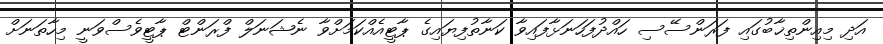
އަދި މިއިންތިޚާބުގައި ފަރަންސޭސި ހައްދުފަހަނަޅާފައިވާ ކަނާތުފިޔައިގެ ޕާޓީއެއްކަމަށްވާ ނެޝަނަލް ފްރަންޓް ޕާޓީވެސްވަނީ މިހާތަނަށް